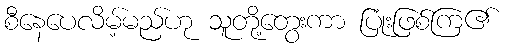
စီနေပေလိမ့်မည်ဟု သူတို့တွေးကာ ပြုံးဖြစ်ကြ၏